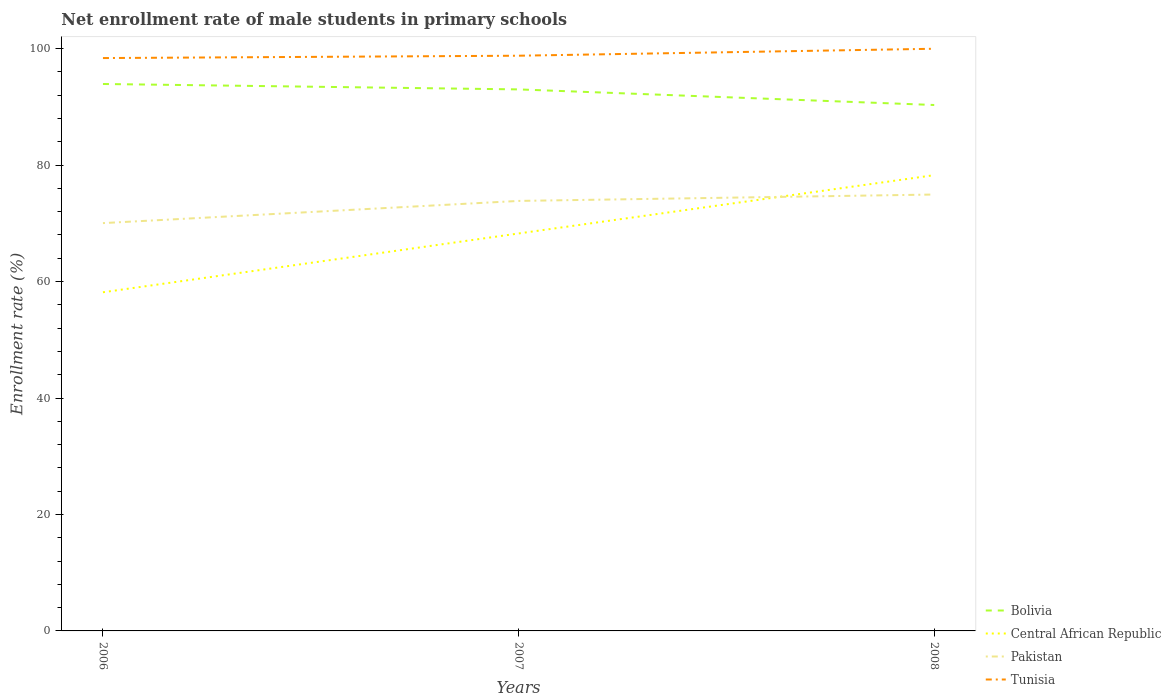
| Years | Bolivia | Central African Republic | Pakistan | Tunisia |
 | --- | --- | --- | --- | --- |
 | 2006 | 93.9 | 58.2 | 70 | 98.4 |
 | 2007 | 93 | 68.3 | 73.9 | 98.8 |
 | 2008 | 90.3 | 78.3 | 75 | 100 |